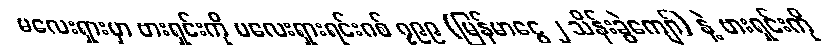
မလေးရှားမှာ ဗားရှင်းကို မလေးရှားရင်းဂစ် ၇၉၉ (မြန်မာငွေ ၂ သိန်းခွဲကျော်) နဲ့ ဗားရှင်းကို